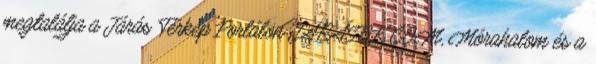
megtalálja a Járás Térkép Portálon JÁRÁSOK.COM, Mórahalom és a